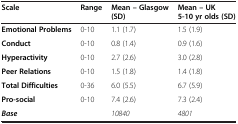
| Scale | Range | Mean – Glasgow (SD) | Mean – UK 5-10 yr olds (SD) |
 | --- | --- | --- | --- |
 | Emotional Problems | 0-10 | 1.1 (1.7) | 1.5 (1.9) |
 | Conduct | 0-10 | 0.8 (1.4) | 0.9 (1.6) |
 | Hyperactivity | 0-10 | 2.7 (2.6) | 3.0 (2.8) |
 | Peer Relations | 0-10 | 1.5 (1.8) | 1.4 (1.8) |
 | Total Difficulties | 0-36 | 6.0 (5.5) | 6.7 (5.9) |
 | Pro-social | 0-10 | 7.4 (2.6) | 7.3 (2.4) |
 | Base |  | 10840 | 4801 |